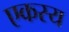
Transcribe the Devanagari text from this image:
एकस्य